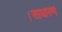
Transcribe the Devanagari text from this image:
।साधारण